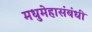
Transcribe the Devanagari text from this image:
मधुमेहासंबंधी